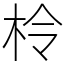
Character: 柃